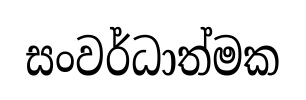
සංවර්ධාත්මක